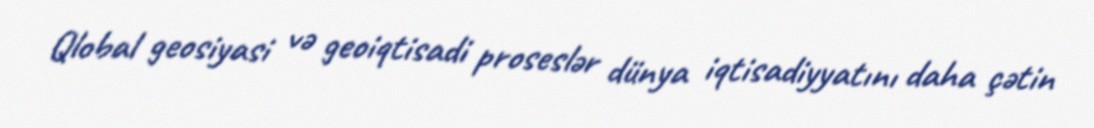
Qlobal geosiyasi və geoiqtisadi proseslər dünya iqtisadiyyatını daha çətin